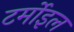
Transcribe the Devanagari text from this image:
टर्मोइल